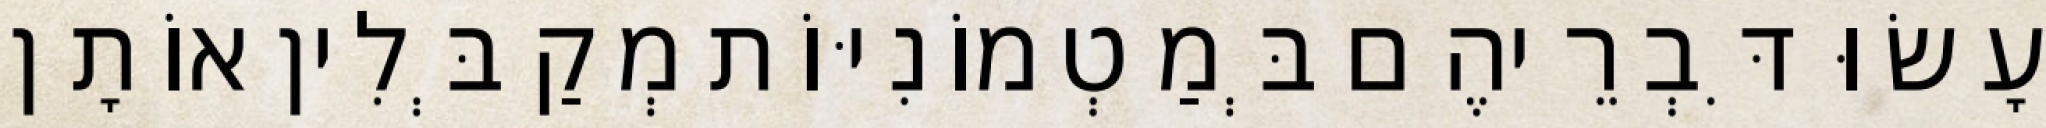
עָשׂוּ דִּבְרֵיהֶם בְּמַטְמוֹנִיּוֹת מְקַבְּלִין אוֹתָן